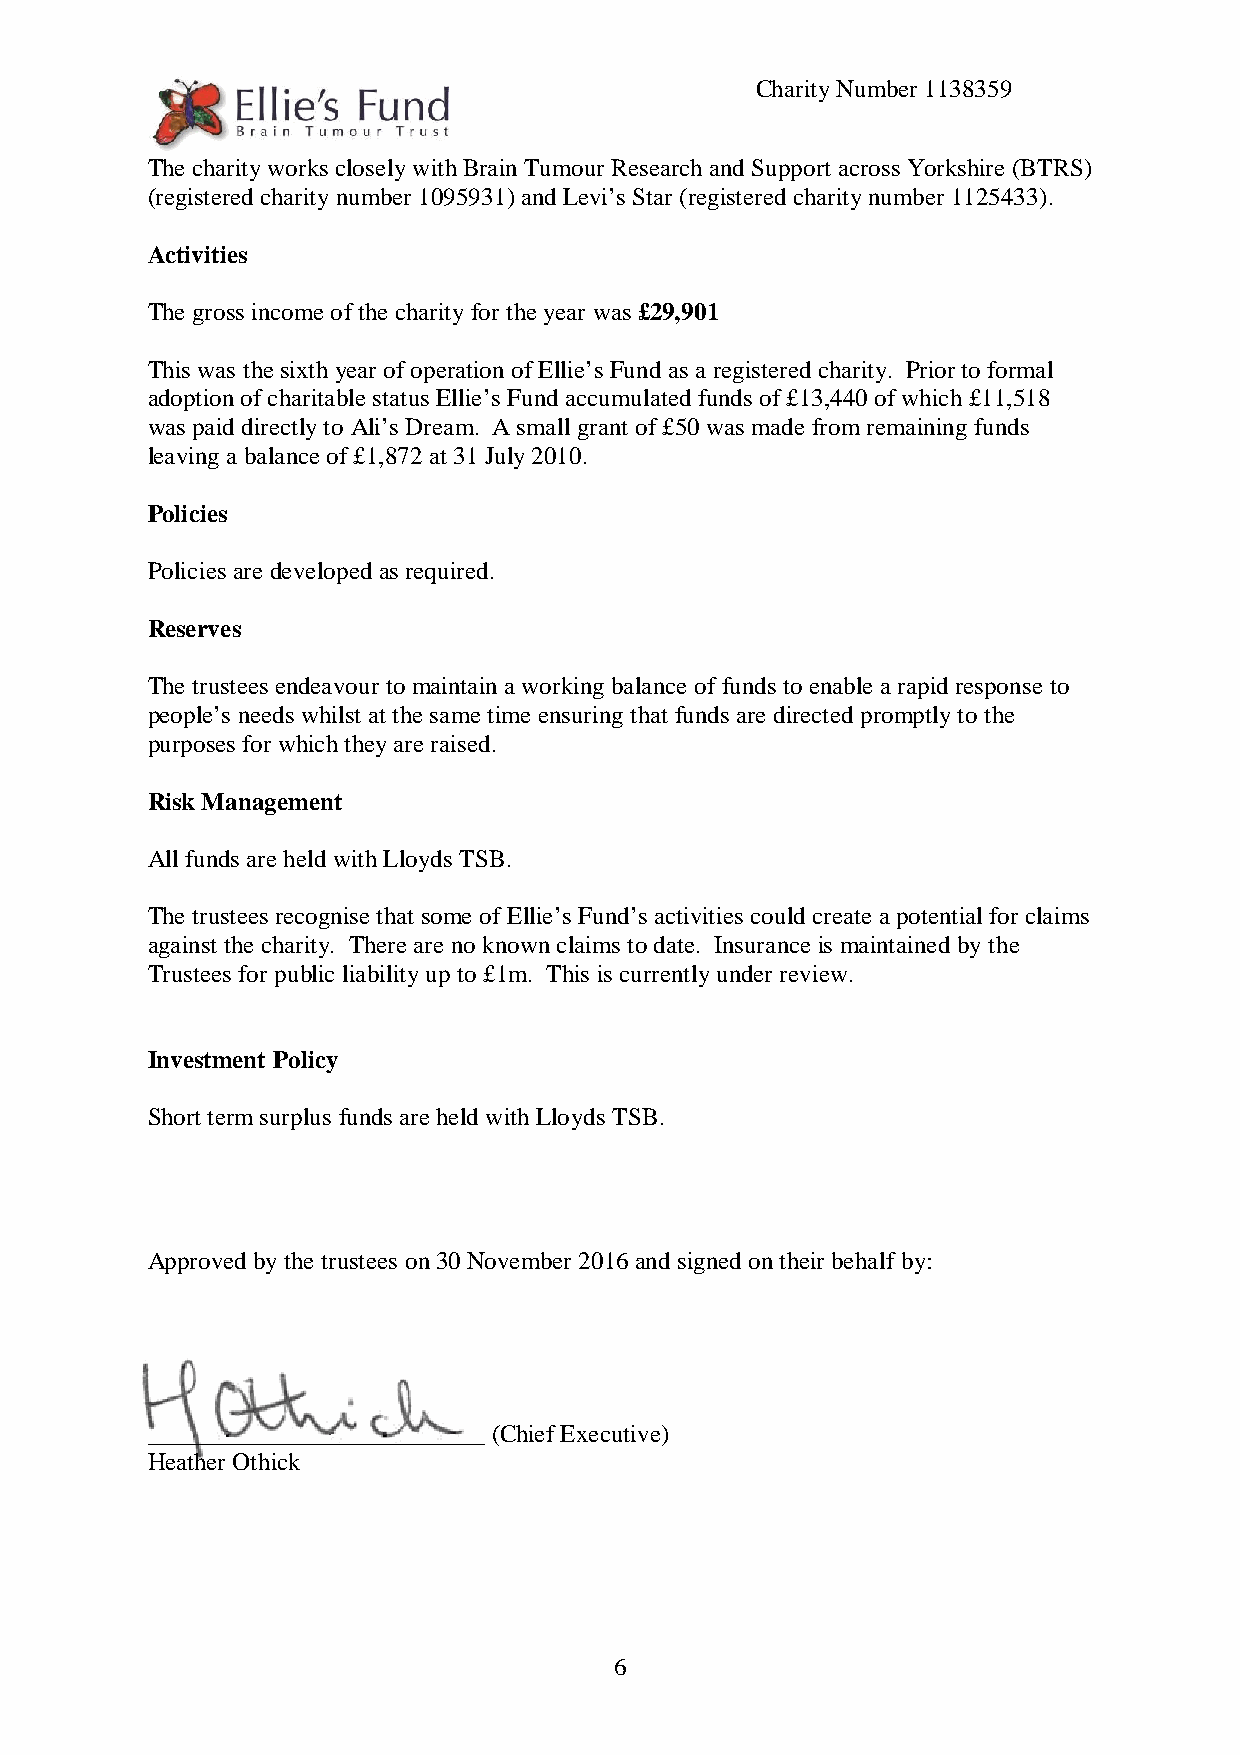
Charity Number 1138359
 The charity works closely with Brain Tumour Research and Support across Yorkshire (BTRS)
 (registered charity number 1095931) and Levi’s Star (registered charity number 1125433).
 Activities
 The gross income of the charity for the year was £29,901
 This was the sixth year of operation of Ellie’s Fund as a registered charity. Prior to formal
 adoption of charitable status Ellie’s Fund accumulated funds of £13,440 of which £11,518
 was paid directly to Ali’s Dream. A small grant of £50 was made from remaining funds
 leaving a balance of £1,872 at 31 July 2010.
 Policies
 Policies are developed as required.
 Reserves
 The trustees endeavour to maintain a working balance of funds to enable a rapid response to
 people’s needs whilst at the same time ensuring that funds are directed promptly to the
 purposes for which they are raised.
 Risk Management
 All funds are held with Lloyds TSB.
 The trustees recognise that some of Ellie’s Fund’s activities could create a potential for claims
 against the charity. There are no known claims to date. Insurance is maintained by the
 Trustees for public liability up to £1m. This is currently under review.
 Investment Policy
 Short term surplus funds are held with Lloyds TSB.
 Approved by the trustees on 30 November 2016 and signed on their behalf by:
 ___________________________ (Chief Executive)
 Heather Othick
 6